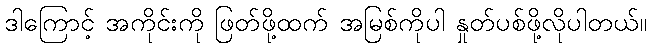
ဒါကြောင့် အကိုင်းကို ဖြတ်ဖို့ထက် အမြစ်ကိုပါ နှုတ်ပစ်ဖို့လိုပါတယ်။